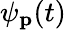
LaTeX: \psi_{\mathbf{p}}(t)